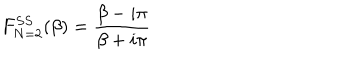
F _ { N = 2 } ^ { S S } ( \beta ) = \frac { \beta - i \pi } { \beta + i \pi }